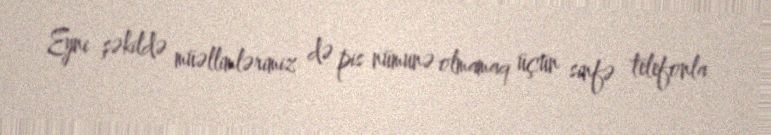
Eyni şəkildə müəllimlərimiz də pis nümunə olmamaq üçün sinfə telefonla